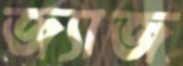
জ্যাজ